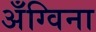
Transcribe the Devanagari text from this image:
अँग्विना